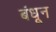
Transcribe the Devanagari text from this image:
बंधून